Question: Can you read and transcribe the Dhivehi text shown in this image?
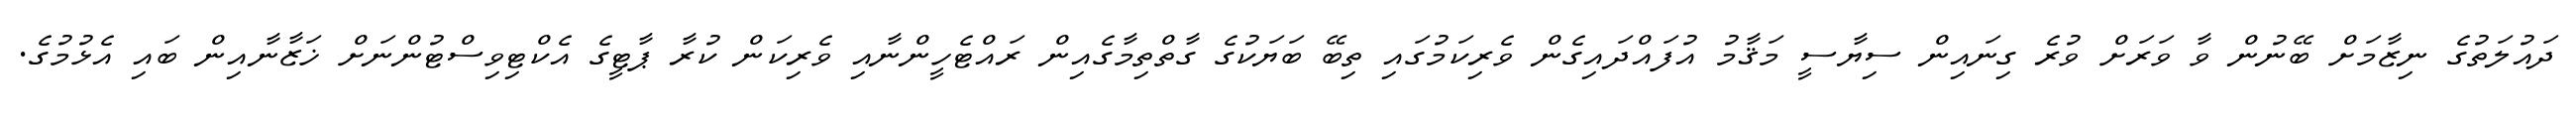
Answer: ދައުލަތުގެ ނިޒާމަށް ބޭނުން ވާ ވަރަށް ވުރެ ގިނައިން ސިޔާސީ މަޤާމު އުފައްދައިގެން ވެރިކަމުގައި ތިބޭ ބަޔަކުގެ ގާތްތިމާގެއިން ރައްޓެހީންނާއި ވެރިކަން ކުރާ ޕާޓީގެ އެކްޓިވިސްޓުންނަށް ޚަޒާނާއިން ބައި އެޅުމުގެ.